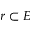
r \subset E